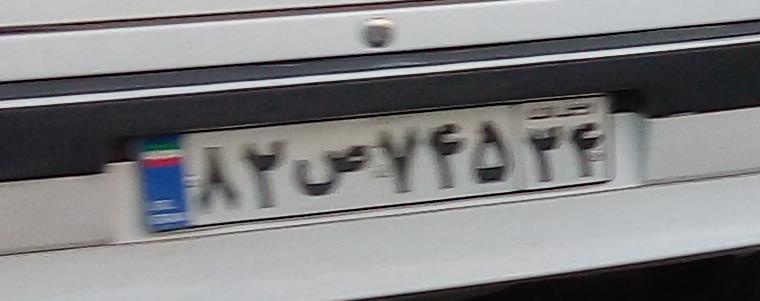
۸۲س۷۴۵۳۴